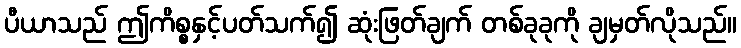
ပီယာသည် ဤကိစ္စနှင့်ပတ်သက်၍ ဆုံးဖြတ်ချက် တစ်ခုခုကို ချမှတ်လိုသည်။